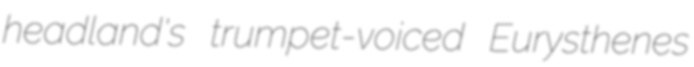
headland's trumpet-voiced Eurysthenes